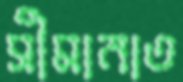
সীমানাত